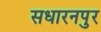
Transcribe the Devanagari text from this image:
सधारनपुर